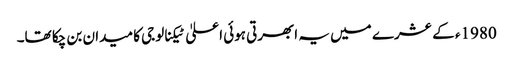
1980ء کے عشرے میں یہ ابھرتی ہوئی اعلیٰ ٹیکنالوجی کا میدان بن چکا تھا۔